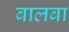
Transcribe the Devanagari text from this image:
बालबा